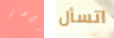
ولادتي اتسأل